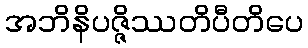
အဘိနိပဇ္ဇိဿတိပီတိပေ